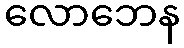
လောဘေန